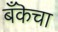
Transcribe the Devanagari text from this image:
बँकॆचा